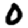
Digit: 0